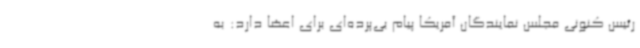
رئیس کنونی مجلس نمایندگان آمریکا پیام بی‌پرده‌ای برای اعضا دارد: به